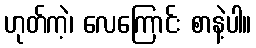
ဟုတ်ကဲ့၊ လေကြောင်း စာနဲ့ပါ။